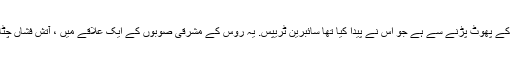
اس طرح کا سب سے مشہور ایسوسی ایشن آتش فشاں کے پھوٹ پڑنے سے ہے جو اس نے پیدا کیا تھا سائبرین ٹریپس. یہ روس کے مشرقی صوبوں کے ایک علاقے میں ، آتش فشاں چٹانوں کی طرح موٹی خطوں کا ایک بہت بڑا خطہ ہے۔